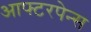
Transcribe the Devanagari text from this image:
आफ्टरपेन्स